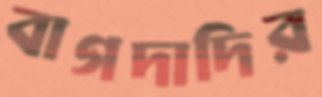
বাগদাদির